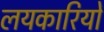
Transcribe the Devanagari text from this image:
लयकारियों